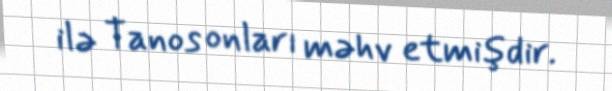
ilə Tanos onları məhv etmişdir.